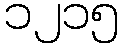
၁၂၁၅